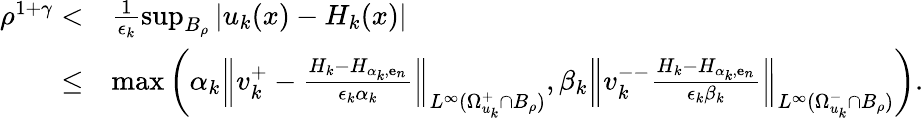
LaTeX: \begin{array}{rl}{\rho^{1+\gamma}<}&{\frac 1{\epsilon_{k}}\operatorname*{sup}_{B_{\rho}}|u_{k}(x)-H_{k}(x)|}\\ {\le}&{\operatorname*{max}\left(\alpha_{k}\left\| v_{k}^{+}-\frac{H_{k}-H_{\alpha_{k},\textbf{e}_{n}}}{\epsilon_{k}\alpha_{k}}\right\| _{L^{\infty}(\Omega_{u_{k}}^{+}\cap B_{\rho})},\beta_{k}\left\| v_{k}^{--}\frac{H_{k}-H_{\alpha_{k},\textbf{e}_{n}}}{\epsilon_{k}\beta_{k}}\right\| _{L^{\infty}(\Omega_{u_{k}}^{-}\cap B_{\rho})}\right).}\end{array}